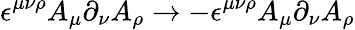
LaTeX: \epsilon^{\mu\nu\rho}A_{\mu}\partial_{\nu}A_{\rho}\to-\epsilon^{\mu\nu\rho}A_{\mu}\partial_{\nu}A_{\rho}